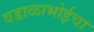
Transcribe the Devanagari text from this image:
वडाळाभोईचा